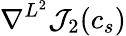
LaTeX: \nabla^{L^{2}}{\mathcal{J}}_{2}(c_{s})